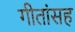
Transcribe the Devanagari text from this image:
गीतांसह